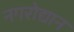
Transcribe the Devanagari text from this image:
नगरोद्यान